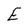
Character: E